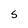
Character: 5